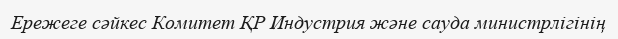
Ережеге сәйкес Комитет ҚР Индустрия және сауда министрлігінің